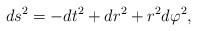
\begin{align*}ds^2 = - dt^2 + dr^2 + r^2 d\varphi^2, \end{align*}